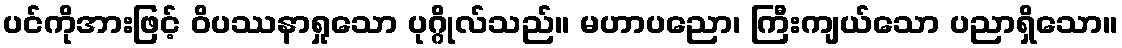
ပင်ကိုအားဖြင့် ဝိပဿနာရှုသော ပုဂ္ဂိုလ်သည်။ မဟာပညော၊ ကြီးကျယ်သော ပညာရှိသော။